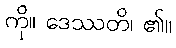
ကို။ ဒေဿတိ၊ ၏။